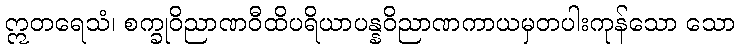
ဣတရေသံ၊ စက္ခုဝိညာဏဝီထိပရိယာပန္နဝိညာဏကာယမှတပါးကုန်သော သော